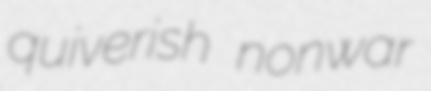
quiverish nonwar